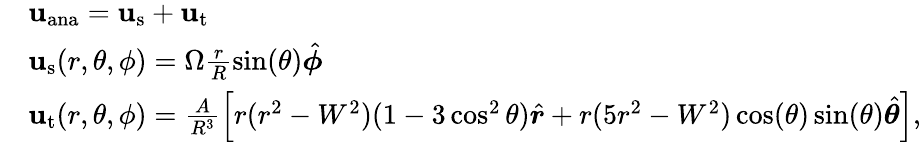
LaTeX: \begin{array}{rl}&{\mathbf{u}_{\mathrm{ana}}=\mathbf{u}_{\mathrm{s}}+\mathbf{u}_{\mathrm{t}}}\\ &{\mathbf{u}_{\mathrm{s}}(r,\theta,\phi)=\Omega\frac{r}{R}\sin(\theta)\hat{\boldsymbol\phi}}\\ &{\mathbf{u}_{\mathrm{t}}(r,\theta,\phi)=\frac{A}{R^{3}}\left[r(r^{2}-W^{2})(1-3\cos^{2}\theta)\hat{\boldsymbol r}+r(5r^{2}-W^{2})\cos(\theta)\sin(\theta)\hat{\boldsymbol\theta}\right],}\end{array}